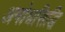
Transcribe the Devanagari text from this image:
अमोधसिद्धि